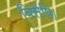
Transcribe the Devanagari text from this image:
बिसेषि।